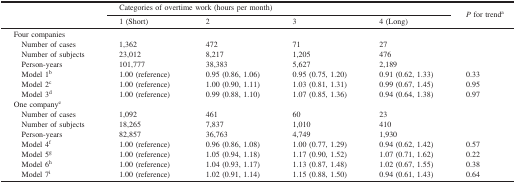
<table><thead><tr><td rowspan="3"><b> </b></td><td colspan="4"><b>Categories of overtime work (hours per month)</b></td><td rowspan="3"><b><i>P</i> for trend<sup>a</sup></b></td></tr><tr><td><b>1 (Short)</b></td><td><b>2</b></td><td><b>3</b></td><td><b>4 (Long)</b></td></tr></thead><tbody><tr><td colspan="6">Four companies</td></tr><tr><td> Number of cases</td><td>1,362</td><td>472</td><td>71</td><td>27</td><td> </td></tr><tr><td> Number of subjects</td><td>23,012</td><td>8,217</td><td>1,205</td><td>476</td><td> </td></tr><tr><td> Person-years</td><td>101,777</td><td>38,383</td><td>5,627</td><td>2,189</td><td> </td></tr><tr><td> Model 1<sup>b</sup></td><td>1.00 (reference)</td><td>0.95 (0.86, 1.06)</td><td>0.95 (0.75, 1.20)</td><td>0.91 (0.62, 1.33)</td><td>0.33</td></tr><tr><td> Model 2<sup>c</sup></td><td>1.00 (reference)</td><td>1.00 (0.90, 1.11)</td><td>1.03 (0.81, 1.31)</td><td>0.99 (0.67, 1.45)</td><td>0.95</td></tr><tr><td> Model 3<sup>d</sup></td><td>1.00 (reference)</td><td>0.99 (0.88, 1.10)</td><td>1.07 (0.85, 1.36)</td><td>0.94 (0.64, 1.38)</td><td>0.97</td></tr><tr><td colspan="6">One company<sup>e</sup></td></tr><tr><td> Number of cases</td><td>1,092</td><td>461</td><td>60</td><td>23</td><td> </td></tr><tr><td> Number of subjects</td><td>18,265</td><td>7,837</td><td>1,010</td><td>410</td><td> </td></tr><tr><td> Person-years</td><td>82,857</td><td>36,763</td><td>4,749</td><td>1,930</td><td> </td></tr><tr><td> Model 4<sup>f</sup></td><td>1.00 (reference)</td><td>0.96 (0.86, 1.08)</td><td>1.00 (0.77, 1.29)</td><td>0.94 (0.62, 1.42)</td><td>0.57</td></tr><tr><td> Model 5<sup>g</sup></td><td>1.00 (reference)</td><td>1.05 (0.94, 1.18)</td><td>1.17 (0.90, 1.52)</td><td>1.07 (0.71, 1.62)</td><td>0.22</td></tr><tr><td> Model 6<sup>h</sup></td><td>1.00 (reference)</td><td>1.04 (0.93, 1.17)</td><td>1.13 (0.87, 1.48)</td><td>1.02 (0.67, 1.55)</td><td>0.38</td></tr><tr><td> Model 7<sup>i</sup></td><td>1.00 (reference)</td><td>1.02 (0.91, 1.14)</td><td>1.15 (0.88, 1.50)</td><td>0.94 (0.61, 1.43)</td><td>0.64</td></tr></tbody></table>